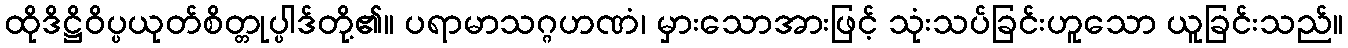
ထိုဒိဋ္ဌိဝိပ္ပယုတ်စိတ္တုပ္ပါဒ်တို့၏။ ပရာမာသဂ္ဂဟဏံ၊ မှားသောအားဖြင့် သုံးသပ်ခြင်းဟူသော ယူခြင်းသည်။